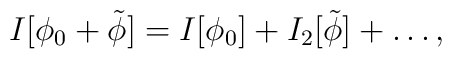
I[\phi_0 +\tilde{\phi}]=I[\phi_0]+I_2[\tilde{\phi}]+\ldots,